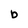
Character: b